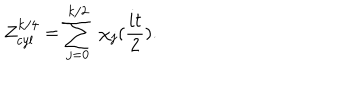
Z _ { c y l } ^ { k / 4 } = \sum _ { j = 0 } ^ { k / 2 } \ \chi _ { j } ( \frac { i t } { 2 } ) .